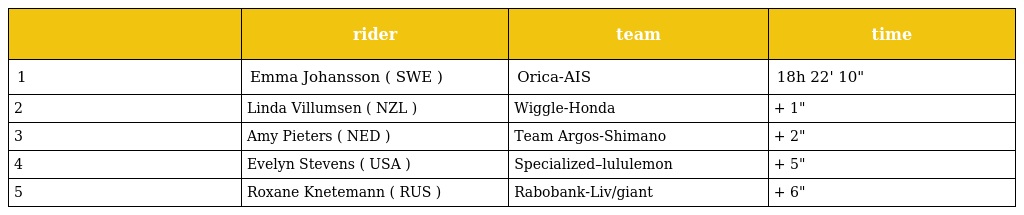
|  | rider | team | time |
 | --- | --- | --- | --- |
 | 1 | Emma Johansson ( SWE ) | Orica-AIS | 18h 22' 10" |
 | 2 | Linda Villumsen ( NZL ) | Wiggle-Honda | + 1" |
 | 3 | Amy Pieters ( NED ) | Team Argos-Shimano | + 2" |
 | 4 | Evelyn Stevens ( USA ) | Specialized–lululemon | + 5" |
 | 5 | Roxane Knetemann ( RUS ) | Rabobank-Liv/giant | + 6" |